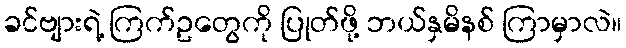
ခင်ဗျားရဲ့ ကြက်ဥတွေကို ပြုတ်ဖို့ ဘယ်နှမိနစ် ကြာမှာလဲ။